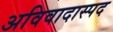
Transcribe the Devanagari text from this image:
अविवादास्पद